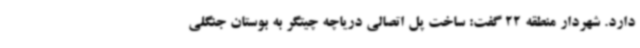
دارد. شهردار منطقه 22 گفت: ساخت پل اتصالی دریاچه چیتگر به بوستان جنگلی